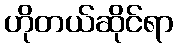
ဟိုတယ်ဆိုင်ရာ